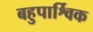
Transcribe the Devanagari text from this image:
बहुपार्श्विक